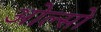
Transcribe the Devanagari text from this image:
ओल्सो